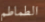
الطماطم